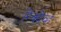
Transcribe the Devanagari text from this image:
रिकोव्ह